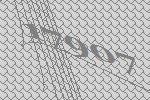
17907